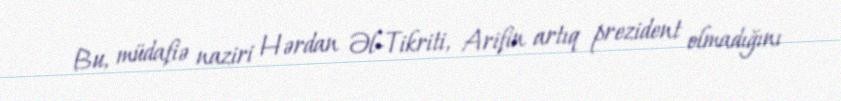
Bu, müdafiə naziri Hərdan Əl-Tikriti, Arifin artıq prezident olmadığını